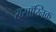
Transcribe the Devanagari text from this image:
रासॉय्निक